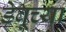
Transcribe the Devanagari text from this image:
डेबूच्या